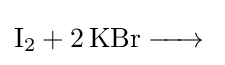
{\ce {I2 + 2KBr ->}}